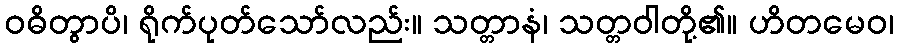
ဝဓိတွာပိ၊ ရိုက်ပုတ်သော်လည်း။ သတ္တာနံ၊ သတ္တဝါတို့၏။ ဟိတမေဝ၊